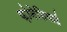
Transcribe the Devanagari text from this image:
फ़ोनेशियाई